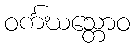
ဝင်္ကဃသ္တောဝ